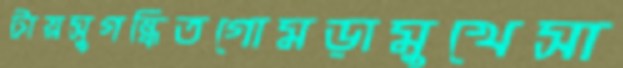
টায়সুগন্ধিতগোমড়ামুখেসা